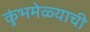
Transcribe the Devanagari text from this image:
कुंभमेळ्याची